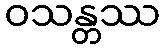
ဝသန္တဿ